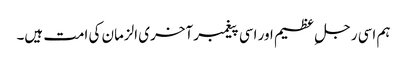
ہم اسی رجل ِ عظیم اور اسی پیغمبر آخری الزمان کی امت ہیں۔